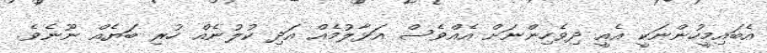
އެބައިމީހުންނަކީ އެއީ ދިވެހިންނަށް އެއްވެސް އަޅާލުމެއް އަދި ކުލުނެއް ހުރި ބަޔެއް ނޫނެވެ.